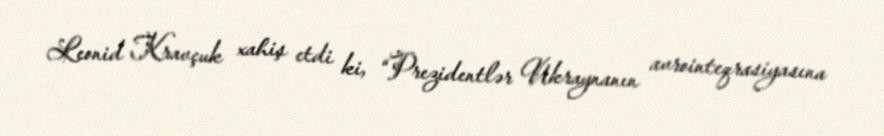
Leonid Kravçuk xahiş etdi ki, “Prezidentlər Ukraynanın avrointeqrasiyasına